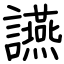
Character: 讌